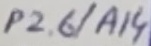
Text: P2.6/A14